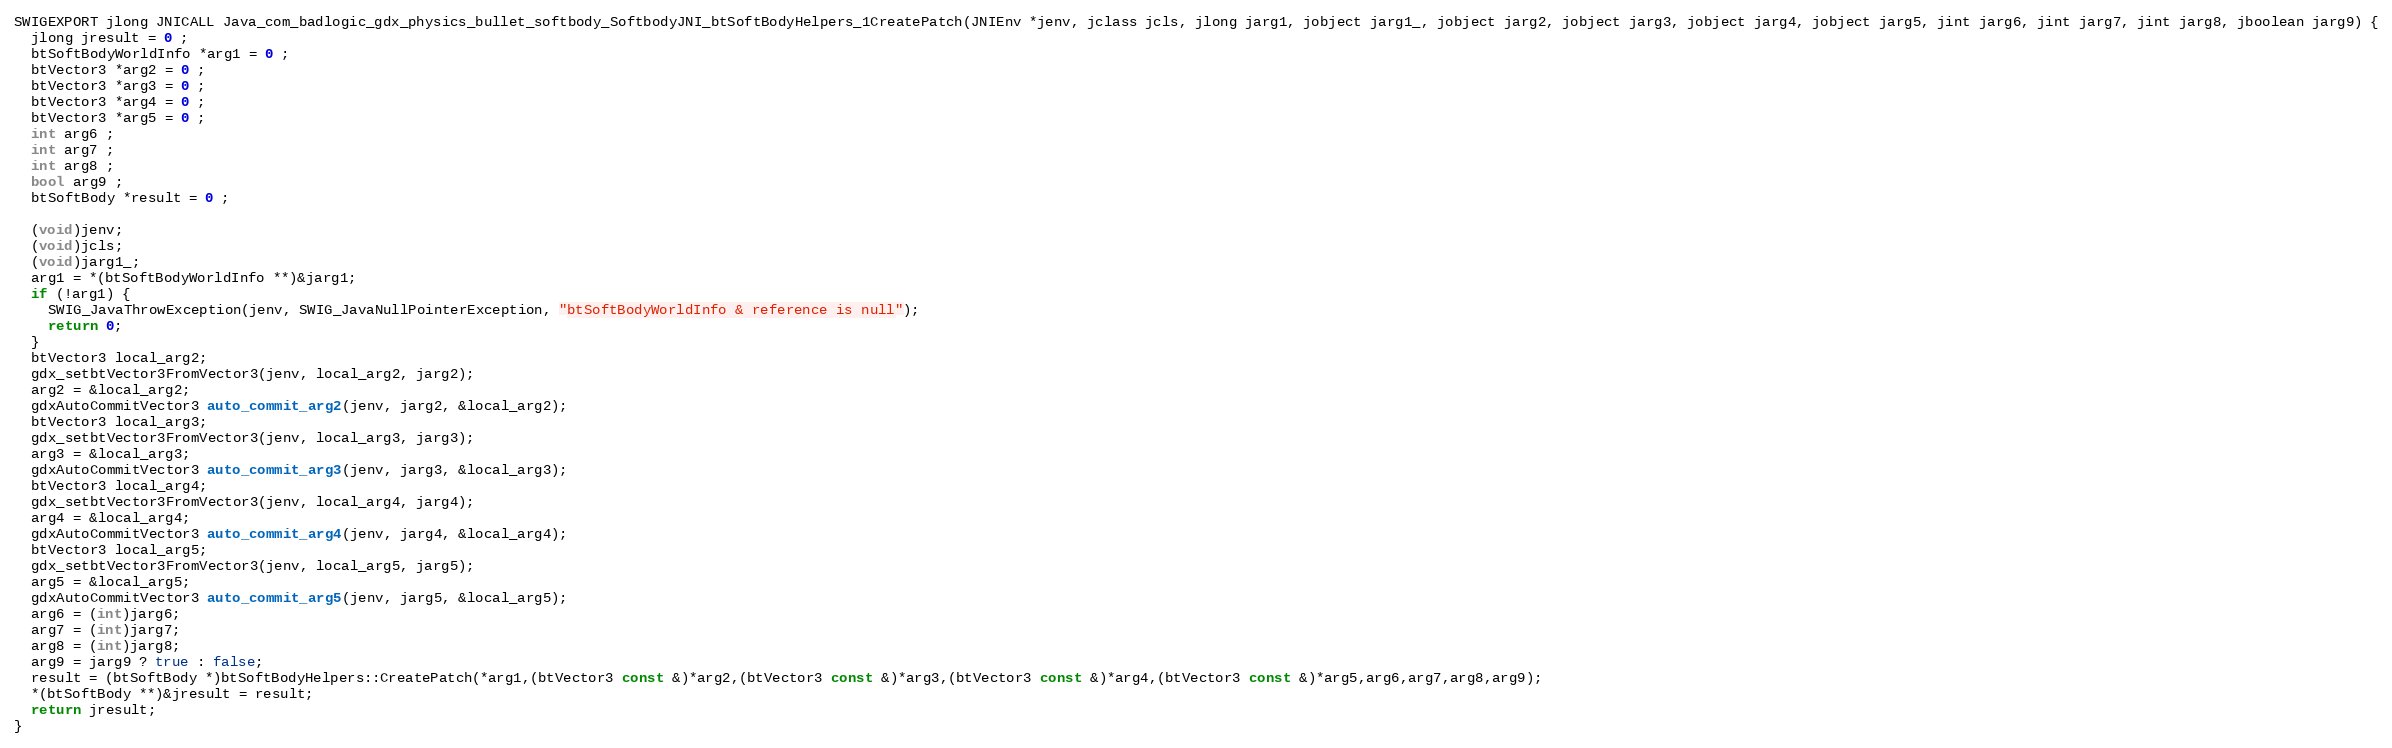
Language: C++
SWIGEXPORT jlong JNICALL Java_com_badlogic_gdx_physics_bullet_softbody_SoftbodyJNI_btSoftBodyHelpers_1CreatePatch(JNIEnv *jenv, jclass jcls, jlong jarg1, jobject jarg1_, jobject jarg2, jobject jarg3, jobject jarg4, jobject jarg5, jint jarg6, jint jarg7, jint jarg8, jboolean jarg9) {
  jlong jresult = 0 ;
  btSoftBodyWorldInfo *arg1 = 0 ;
  btVector3 *arg2 = 0 ;
  btVector3 *arg3 = 0 ;
  btVector3 *arg4 = 0 ;
  btVector3 *arg5 = 0 ;
  int arg6 ;
  int arg7 ;
  int arg8 ;
  bool arg9 ;
  btSoftBody *result = 0 ;

  (void)jenv;
  (void)jcls;
  (void)jarg1_;
  arg1 = *(btSoftBodyWorldInfo **)&jarg1;
  if (!arg1) {
    SWIG_JavaThrowException(jenv, SWIG_JavaNullPointerException, "btSoftBodyWorldInfo & reference is null");
    return 0;
  }
  btVector3 local_arg2;
  gdx_setbtVector3FromVector3(jenv, local_arg2, jarg2);
  arg2 = &local_arg2;
  gdxAutoCommitVector3 auto_commit_arg2(jenv, jarg2, &local_arg2);
  btVector3 local_arg3;
  gdx_setbtVector3FromVector3(jenv, local_arg3, jarg3);
  arg3 = &local_arg3;
  gdxAutoCommitVector3 auto_commit_arg3(jenv, jarg3, &local_arg3);
  btVector3 local_arg4;
  gdx_setbtVector3FromVector3(jenv, local_arg4, jarg4);
  arg4 = &local_arg4;
  gdxAutoCommitVector3 auto_commit_arg4(jenv, jarg4, &local_arg4);
  btVector3 local_arg5;
  gdx_setbtVector3FromVector3(jenv, local_arg5, jarg5);
  arg5 = &local_arg5;
  gdxAutoCommitVector3 auto_commit_arg5(jenv, jarg5, &local_arg5);
  arg6 = (int)jarg6;
  arg7 = (int)jarg7;
  arg8 = (int)jarg8;
  arg9 = jarg9 ? true : false;
  result = (btSoftBody *)btSoftBodyHelpers::CreatePatch(*arg1,(btVector3 const &)*arg2,(btVector3 const &)*arg3,(btVector3 const &)*arg4,(btVector3 const &)*arg5,arg6,arg7,arg8,arg9);
  *(btSoftBody **)&jresult = result;
  return jresult;
}